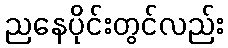
ညနေပိုင်းတွင်လည်း